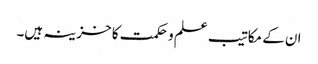
ان کے مکاتیب علم و حکمت کا خزینہ ہیں۔